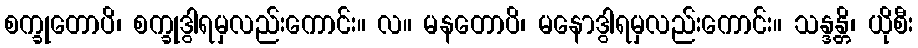
စက္ခုတောပိ၊ စက္ခုဒွါရမှလည်းကောင်း။ လ။ မနတောပိ၊ မနောဒွါရမှလည်းကောင်း။ သန္ဒန္တိ၊ ယိုစီး